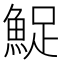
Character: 𬵔